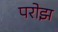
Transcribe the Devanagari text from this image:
परोझ